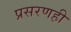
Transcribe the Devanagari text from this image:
प्रसरणही